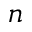
n